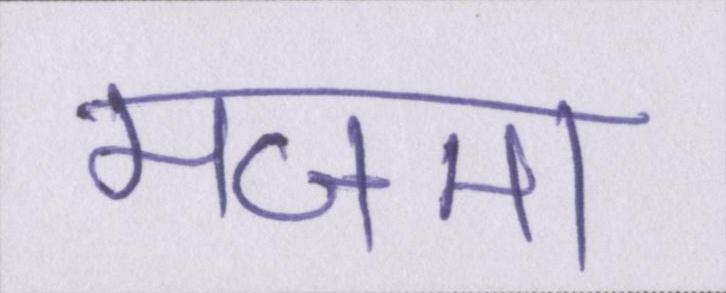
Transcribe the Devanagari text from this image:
मजमा